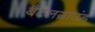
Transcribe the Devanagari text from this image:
बैटलग्राउंड